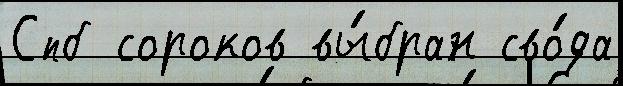
Спб сороков вы́бран сво́да